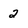
Character: 2